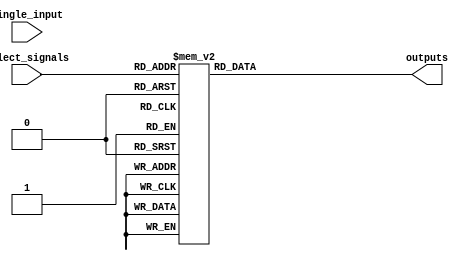
module demux (
    input wire single_input,
    input wire [2:0] select_signals,
    output reg [7:0] outputs
);

always @(*)
begin
    case(select_signals)
        3'b000: outputs <= 8'b00000001;
        3'b001: outputs <= 8'b00000010;
        3'b010: outputs <= 8'b00000100;
        3'b011: outputs <= 8'b00001000;
        3'b100: outputs <= 8'b00010000;
        3'b101: outputs <= 8'b00100000;
        3'b110: outputs <= 8'b01000000;
        3'b111: outputs <= 8'b10000000;
    endcase
end

endmodule